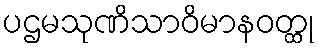
ပဌမသုဏိသာဝိမာနဝတ္ထု